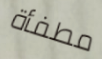
مطفأة